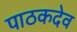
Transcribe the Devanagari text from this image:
पाठकदेव